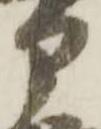
部